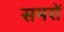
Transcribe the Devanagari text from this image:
समरों